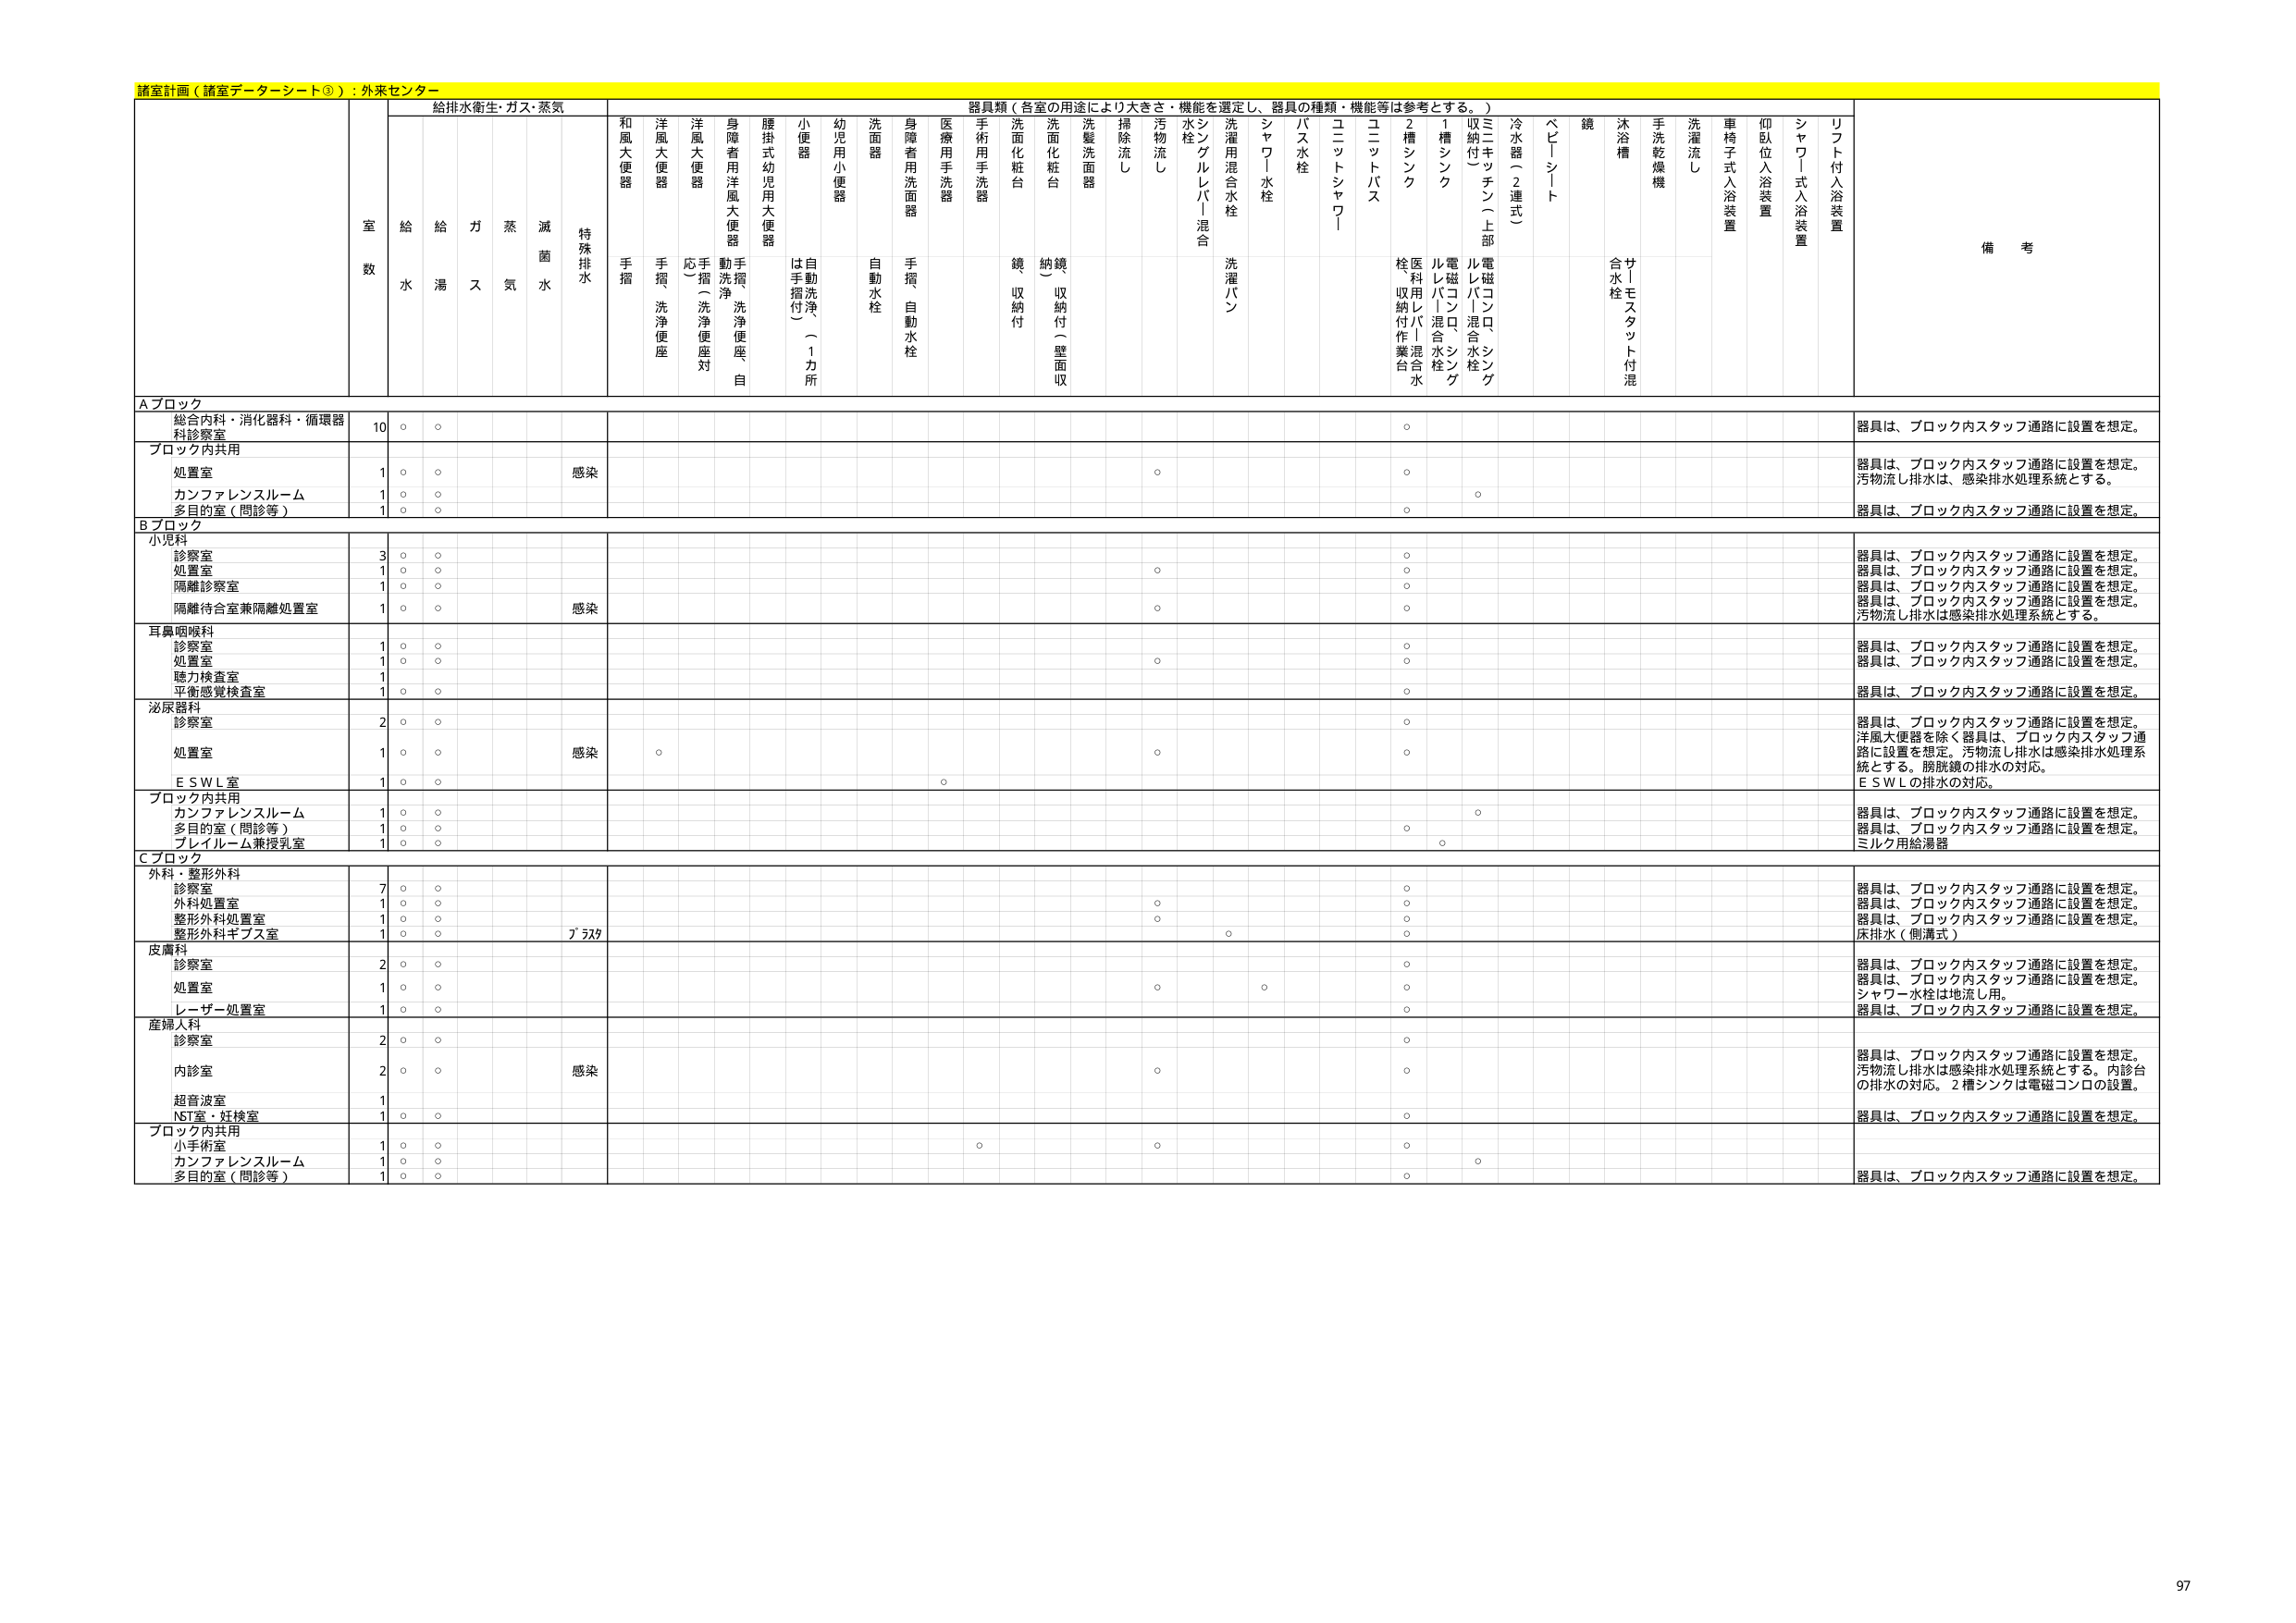
諸室計画（諸室データーシート③）：外来センター

給排水衛生・ガス・蒸気
器具類（各室の用途により大きさ・機能を選定し、器具の種類・機能等は参考とする。）

室数
給水
給湯
ガス
蒸気
滅菌水
特殊排水
和風大便器
手摺
洋風大便器
手摺、洗浄便座
洋風大便器
応（洗浄便座対）
身障者用洋風大便器
動洗浄、洗浄便座自
腰掛式幼児用大便器
は手摺付（1カ所）
小便器
自動洗浄
幼児用小便器
洗面器
自動水栓
身障者用洗面器
手摺、自動水栓
医療用手洗器
手術用手洗器
洗面化粧台
鏡収納付
洗面化粧台
納鏡（収納付（壁面収）
洗髪洗面器
掃除流し
汚物流し
水栓
シンクルレバー混合
洗濯用混合水栓
洗濯パン
シャワー水栓
バス水栓
ユニットシャワー
ユニットバス
2槽シンク
1槽シンク
収納付（上部）
ミニキッチン（上部）
電磁コンロ、シンク
電磁コンロ、シンク
ルレバー混合水栓
医療用レバー混合水栓
冷水管（2連式）
ベビーシート
鏡
サトモスタット付混合水栓
沐浴槽
手洗乾燥機
洗濯流し
車椅子式入浴装置
仰臥位入浴装置
シャワー式入浴装置
リフト付入浴装置
備考

Aブロック
総合内科・消化器科・循環器科診察室
10
○
○
○
器具は、ブロック内スタッフ通路に設置を想定。

ブロック内共用
処置室
1
○
○
感染
○
○
器具は、ブロック内スタッフ通路に設置を想定。汚物流し排水は、感染排水処理系統とする。
カンファレンスルーム
1
○
○
○
多目的室（問診等）
1
○
○
○
器具は、ブロック内スタッフ通路に設置を想定。

Bブロック
小児科
診察室
3
○
○
○
器具は、ブロック内スタッフ通路に設置を想定。
処置室
1
○
○
○
器具は、ブロック内スタッフ通路に設置を想定。
隔離診察室
1
○
○
○
器具は、ブロック内スタッフ通路に設置を想定。
隔離待合室兼隔離処置室
1
○
○
感染
○
○
器具は、ブロック内スタッフ通路に設置を想定。汚物流し排水は感染排水処理系統とする。

耳鼻咽喉科
診察室
1
○
○
○
器具は、ブロック内スタッフ通路に設置を想定。
処置室
1
○
○
○
器具は、ブロック内スタッフ通路に設置を想定。
聴力検査室
1
○
○
○
平衡感覚検査室
1
○
○
○
器具は、ブロック内スタッフ通路に設置を想定。

泌尿器科
診察室
2
○
○
○
器具は、ブロック内スタッフ通路に設置を想定。洋風大便器を除く器具は、ブロック内スタッフ通路に設置を想定。汚物流し排水は感染排水処理系統とする。膀胱鏡の排水の対応。
処置室
1
○
○
感染
○
○
○
E S W L室
1
○
○
○
E S W Lの排水の対応。

ブロック内共用
カンファレンスルーム
1
○
○
○
器具は、ブロック内スタッフ通路に設置を想定。
多目的室（問診等）
1
○
○
○
器具は、ブロック内スタッフ通路に設置を想定。
プレイルーム兼授乳室
1
○
○
○
ミルク用給湯器

Cブロック
外科・整形外科
診察室
7
○
○
○
器具は、ブロック内スタッフ通路に設置を想定。
外科処置室
1
○
○
○
器具は、ブロック内スタッフ通路に設置を想定。
整形外科処置室
1
○
○
○
○
器具は、ブロック内スタッフ通路に設置を想定。
整形外科キブス室
1
○
○
ガスタ
○
○
床排水（側満式）

皮膚科
診察室
2
○
○
○
器具は、ブロック内スタッフ通路に設置を想定。
処置室
1
○
○
○
○
○
器具は、ブロック内スタッフ通路に設置を想定。シャワー水栓は地流し用。
レーザー処置室
1
○
○
○
器具は、ブロック内スタッフ通路に設置を想定。

産婦人科
診察室
2
○
○
○
内診室
2
○
○
感染
○
○
器具は、ブロック内スタッフ通路に設置を想定。汚物流し排水は感染排水処理系統とする。内診台の排水の対応。2槽シンクは電磁コンロの設置。
超音波室
1
NST室・妊検室
1
○
○
○
器具は、ブロック内スタッフ通路に設置を想定。

ブロック内共用
小手術室
1
○
○
○
○
○
カンファレンスルーム
1
○
○
○
多目的室（問診等）
1
○
○
○
器具は、ブロック内スタッフ通路に設置を想定。

97